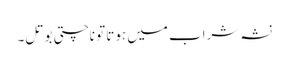
نشہ شراب میں ہوتا تو ناچتی بوتل۔